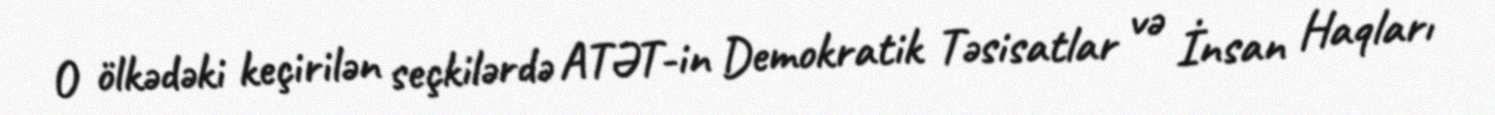
O ölkədəki keçirilən seçkilərdə ATƏT-in Demokratik Təsisatlar və İnsan Haqları